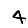
Digit: 4